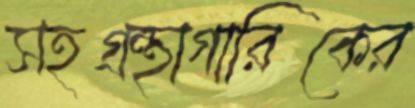
সহগ্রন্থাগারিকের